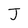
Character: J